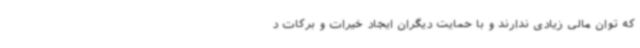
که توان مالی زیادی ندارند و با حمایت دیگران ایجاد خیرات و برکات د